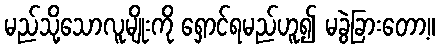
မည်သို့သောလူမျိုးကို ရှောင်ရမည်ဟူ၍ မခွဲခြားတော့။